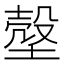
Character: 𰊙